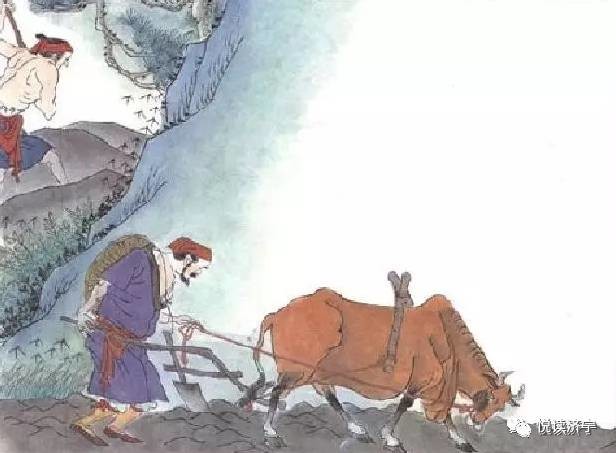
六月禾未秀，官家已修苍。